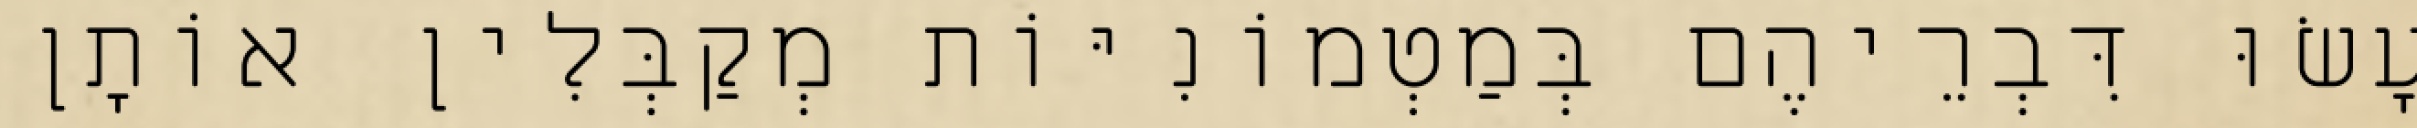
עָשׂוּ דִּבְרֵיהֶם בְּמַטְמוֹנִיּוֹת מְקַבְּלִין אוֹתָן